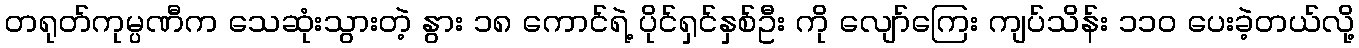
တရုတ်ကုမ္ပဏီက သေဆုံးသွားတဲ့ နွား ၁၈ ကောင်ရဲ့ ပိုင်ရှင်နှစ်ဦး ကို လျော်ကြေး ကျပ်သိန်း ၁၁ဝ ပေးခဲ့တယ်လို့